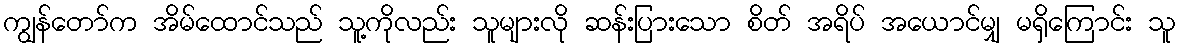
ကျွန်တော်က အိမ်ထောင်သည် သူ့ကိုလည်း သူများလို ဆန်းပြားသော စိတ် အရိပ် အယောင်မျှ မရှိကြောင်း သူ